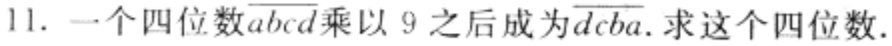
11. 一个四位数\(\overline{abcd}\)乘以 \(9\) 之后成为\(\overline{dcba}\).求这个四位数.